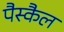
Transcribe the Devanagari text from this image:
पैस्कैल